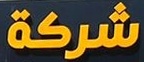
شركة